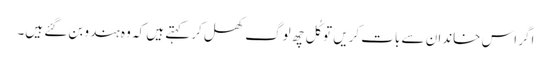
اگر اس خاندان سے بات کریں تو کُل چھ لوگ کھل کر کہتے ہیں کہ وہ ہندو بن گئے ہیں۔